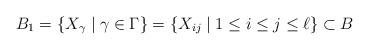
LaTeX: \begin{align*}B_1=\{X_{\gamma}\mid \gamma\in\Gamma\}=\{X_{ij}\mid 1\leq i\leq j\leq \ell\}\subset B \end{align*}